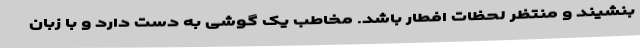
بنشیند و منتظر لحظات افطار باشد. مخاطب یک گوشی به دست دارد و با زبان